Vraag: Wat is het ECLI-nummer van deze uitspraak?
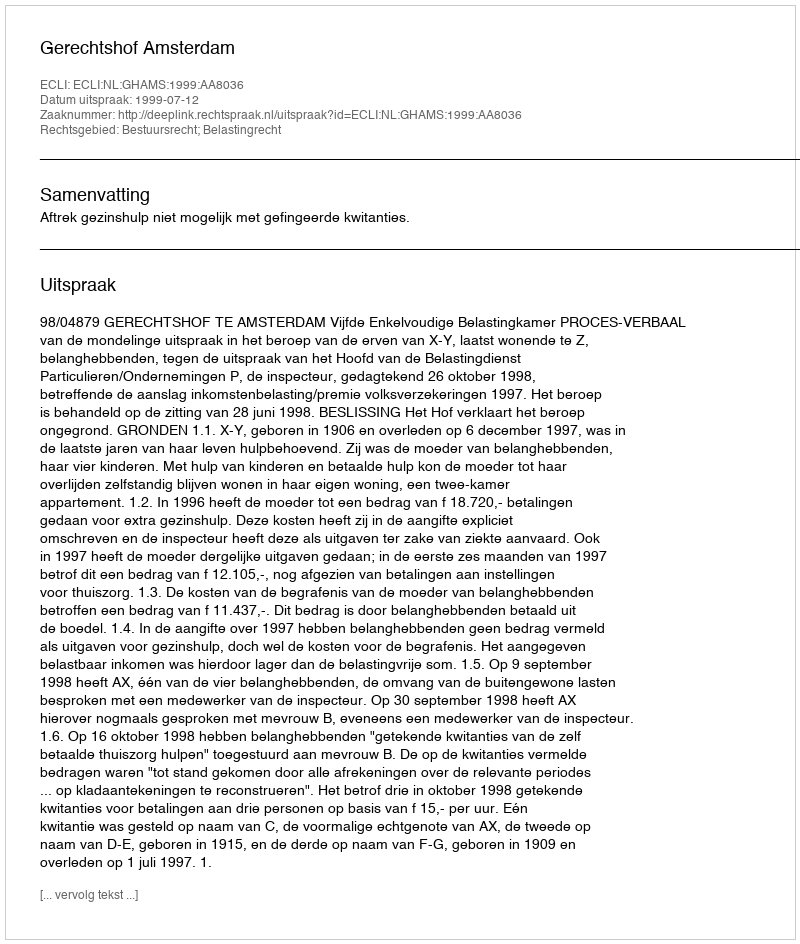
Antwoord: ECLI:NL:GHAMS:1999:AA8036